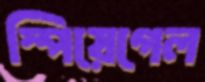
স্পিয়েগেল